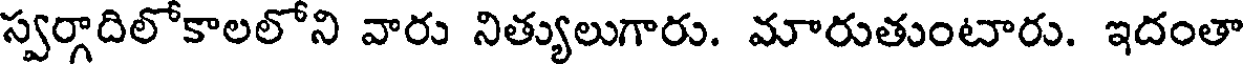
స్వర్గాదిలోకాలలోని వారు నిత్యులుగారు. మారుతుంటారు. ఇదంతా